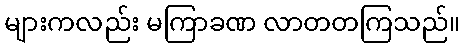
များကလည်း မကြာခဏ လာတတကြသည်။